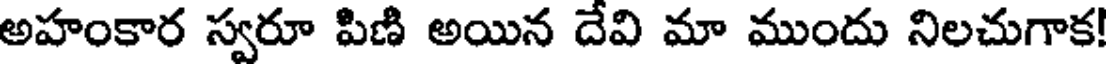
అహంకార స్వరూ పిణి అయిన దేవి మా ముందు నిలచుగాక!